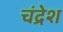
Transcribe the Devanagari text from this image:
चंद्रेश